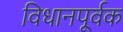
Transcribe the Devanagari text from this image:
विधानपूर्वक